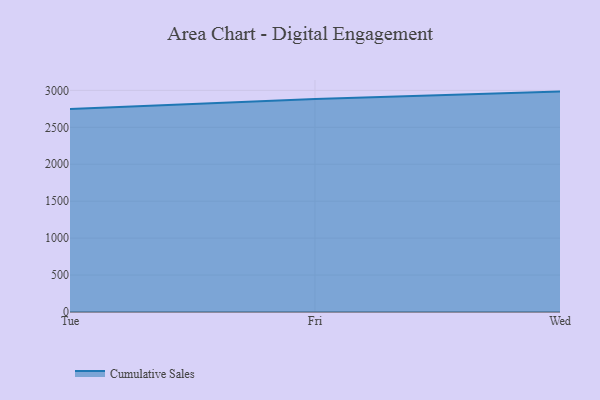
{"axis": {"x": "Day", "y": "Shipments"}, "legend": ["Cumulative Sales"], "data": [{"x": "Tue", "y": 2748.7, "type": "Cumulative Sales"}, {"x": "Fri", "y": 2884.8, "type": "Cumulative Sales"}, {"x": "Wed", "y": 2983.6, "type": "Cumulative Sales"}]}